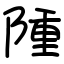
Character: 隀